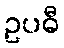
ဥပဓီ